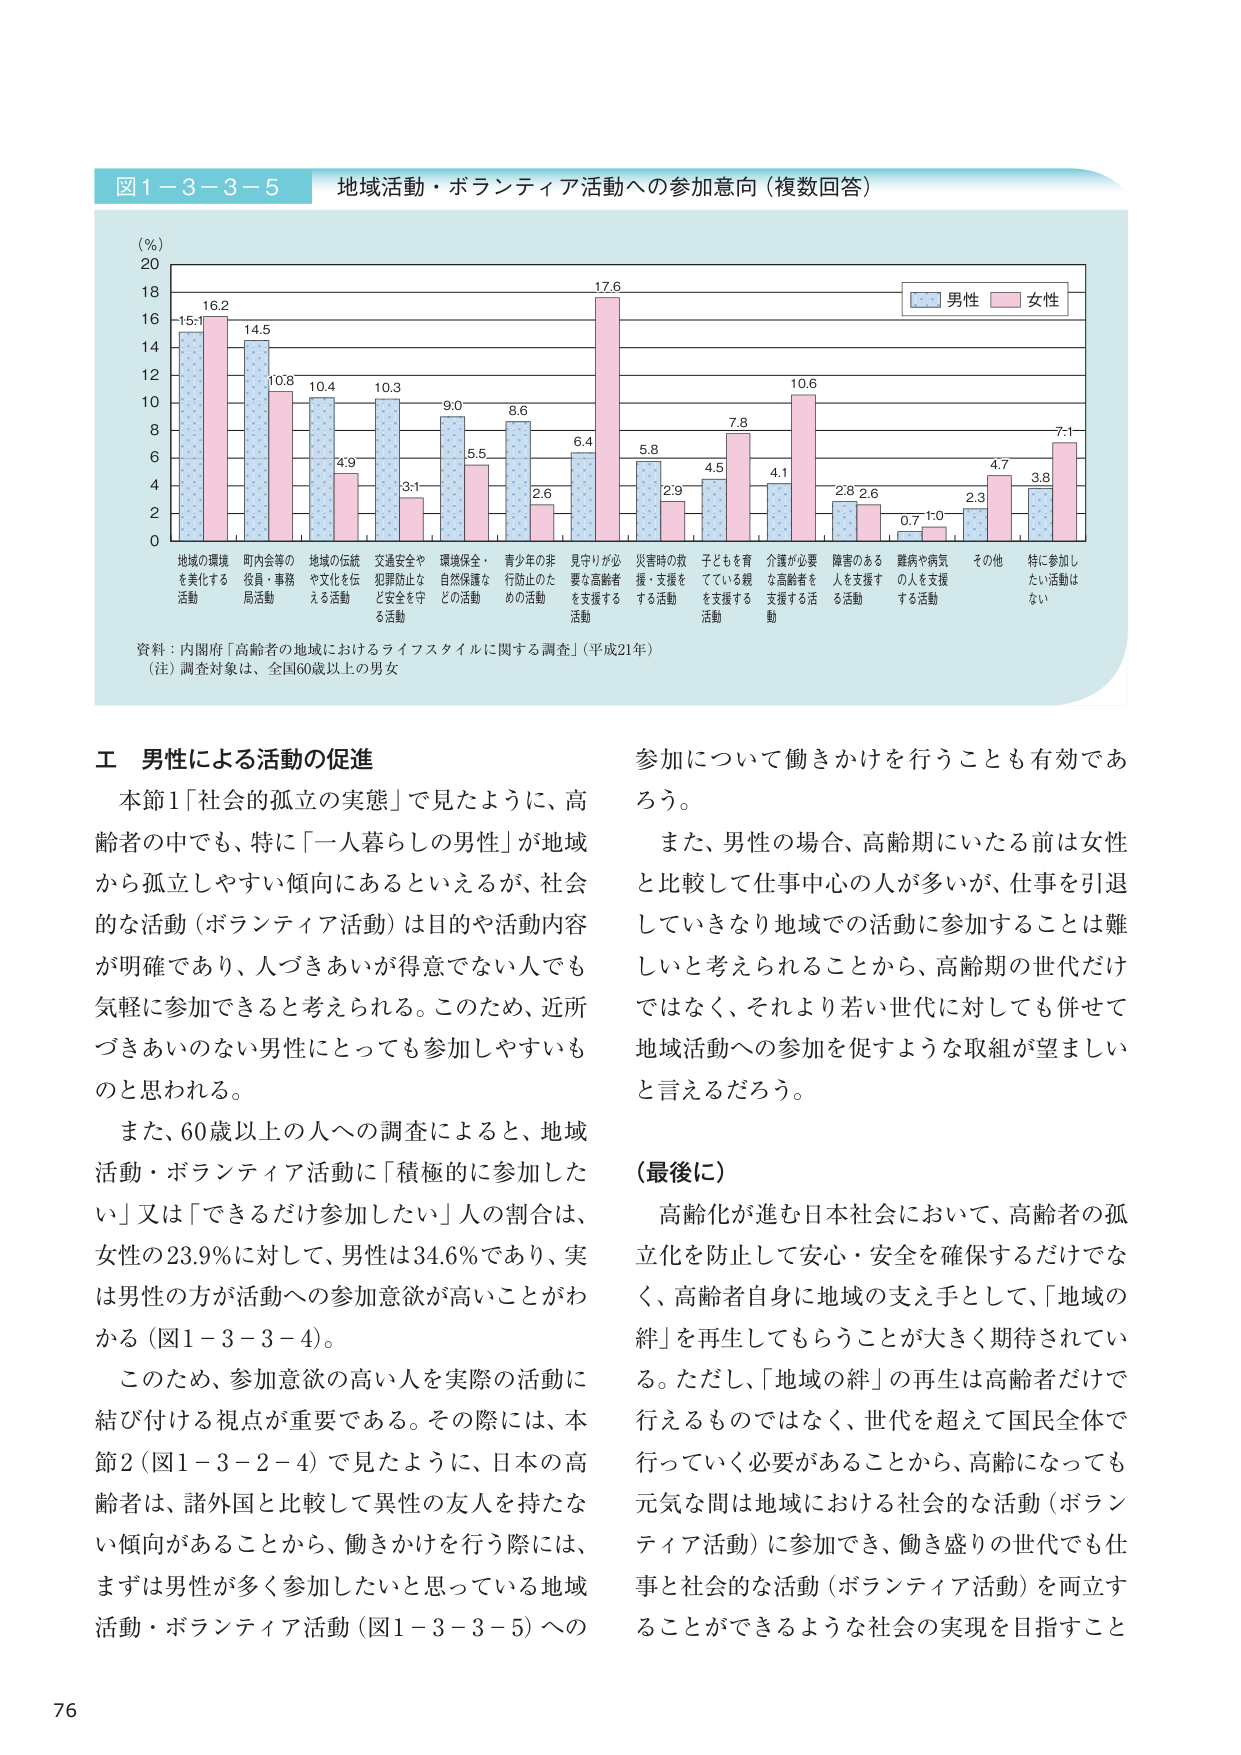
図1-3-3-5 地域活動・ボランティア活動への参加意向（複数回答）

(％)
20
18
16
14
12
10
8
6
4
2
0

男性 女性

15.1 16.2
14.5 10.8
10.4 4.9
10.3 3.1
9.0 5.5
8.6 2.6
6.4 17.6
5.8 2.9
4.5 7.8
4.1 10.6
2.8 2.6
0.7 1.0
2.3 4.7
3.8 7.1

地域の環境を美化する活動
町内会等の役員・事務局活動
地域の伝統や文化を伝える活動
交通安全や犯罪防止など安全を守る活動
環境保全・自然保護などの活動
青少年の非行防止のための活動
見守りが必要な高齢者を支援する活動
災害時の救援・支援をする活動
子どもを育てている親を支援する活動
介護が必要な高齢者を支援する活動
障害のある人を支援する活動
難病や病気の人を支援する活動
その他
特に参加したい活動はない

資料：内閣府「高齢者の地域におけるライフスタイルに関する調査」（平成21年）
（注）調査対象は、全国60歳以上の男女

Ⅱ 男性による活動の促進

本節1「社会的孤立の実態」で見たように、高齢者の中でも、特に「一人暮らしの男性」が地域から孤立しやすい傾向にあるといえるが、社会的な活動（ボランティア活動）は目的や活動内容が明確であり、人づきあいが得意でない人でも気軽に参加できると考えられる。このため、近所づきあいのない男性にとっても参加しやすいものと思われる。

また、60歳以上の人への調査によると、地域活動・ボランティア活動に「積極的に参加したい」又は「できるだけ参加したい」人の割合は、女性の23.9％に対して、男性は34.6％であり、実は男性の方が活動への参加意欲が高いことがわかる（図1-3-3-4）。

このため、参加意欲の高い人を実際の活動に結び付ける視点が重要である。その際には、本節2（図1-3-2-4）で見たように、日本の高齢者は、諸外国と比較して異性の友人を持たない傾向があることから、働きかけを行う際には、まずは男性が多く参加したいと思っている地域活動・ボランティア活動（図1-3-3-5）への参加について働きかけを行うことも有効であろう。

また、男性の場合、高齢期にいたる前は女性と比較して仕事中心の人が多いが、仕事を引退していきなり地域での活動に参加することは難しいと考えられることから、高齢期の世代だけではなく、それより若い世代に対しても併せて地域活動への参加を促すような取組が望ましいと言えるだろう。

（最後に）

高齢化が進む日本社会において、高齢者の孤立化を防止して安心・安全を確保するだけでなく、高齢者自身に地域の支え手として、「地域の絆」を再生してもらうことが大きく期待されている。ただし、「地域の絆」の再生は高齢者だけで行えるものではなく、世代を超えて国民全体で行っていく必要があることから、高齢になっても元気な間は地域における社会的な活動（ボランティア活動）に参加でき、働き盛りの世代でも仕事と社会的な活動（ボランティア活動）を両立することができるような社会の実現を目指すこと

76